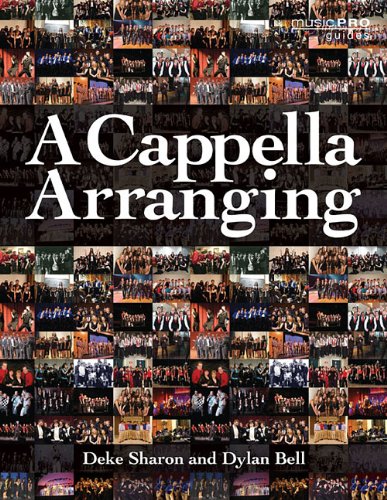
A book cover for A Cappella Arranging (Music Pro Guides); Dylan Bell; Arts & Photography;